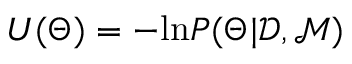
U ( \Theta ) = - \mathrm { l n } P ( \Theta | \mathcal { D } , \mathcal { M } )